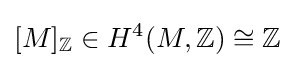
[M]_{\mathbb {Z} }\in H^{4}(M,\mathbb {Z} )\cong \mathbb {Z}